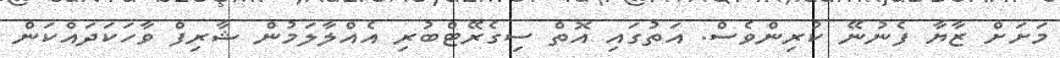
މަށަށް ޒާޔާ ފެނުނޭ ކުރިންވެސް. އަތުގައި އޮތް ސިގެރޭޓްބުރި އެއްލާލަމުން ޝާރިފް ވާހަކަދައްކަން